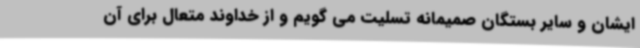
ایشان و سایر بستگان صمیمانه تسلیت می گویم و از خداوند متعال برای آن